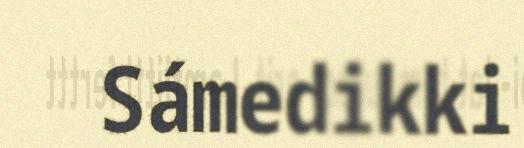
Sámedikki